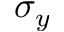
\sigma _ { y }